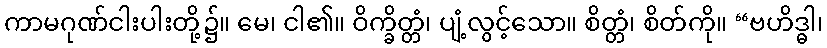
ကာမဂုဏ်ငါးပါးတို့၌။ မေ၊ ငါ၏။ ဝိက္ခိတ္တံ၊ ပျံ့လွင့်သော။ စိတ္တံ၊ စိတ်ကို။ “ဗဟိဒ္ဓါ၊